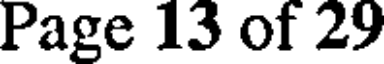
Page 13 of 29